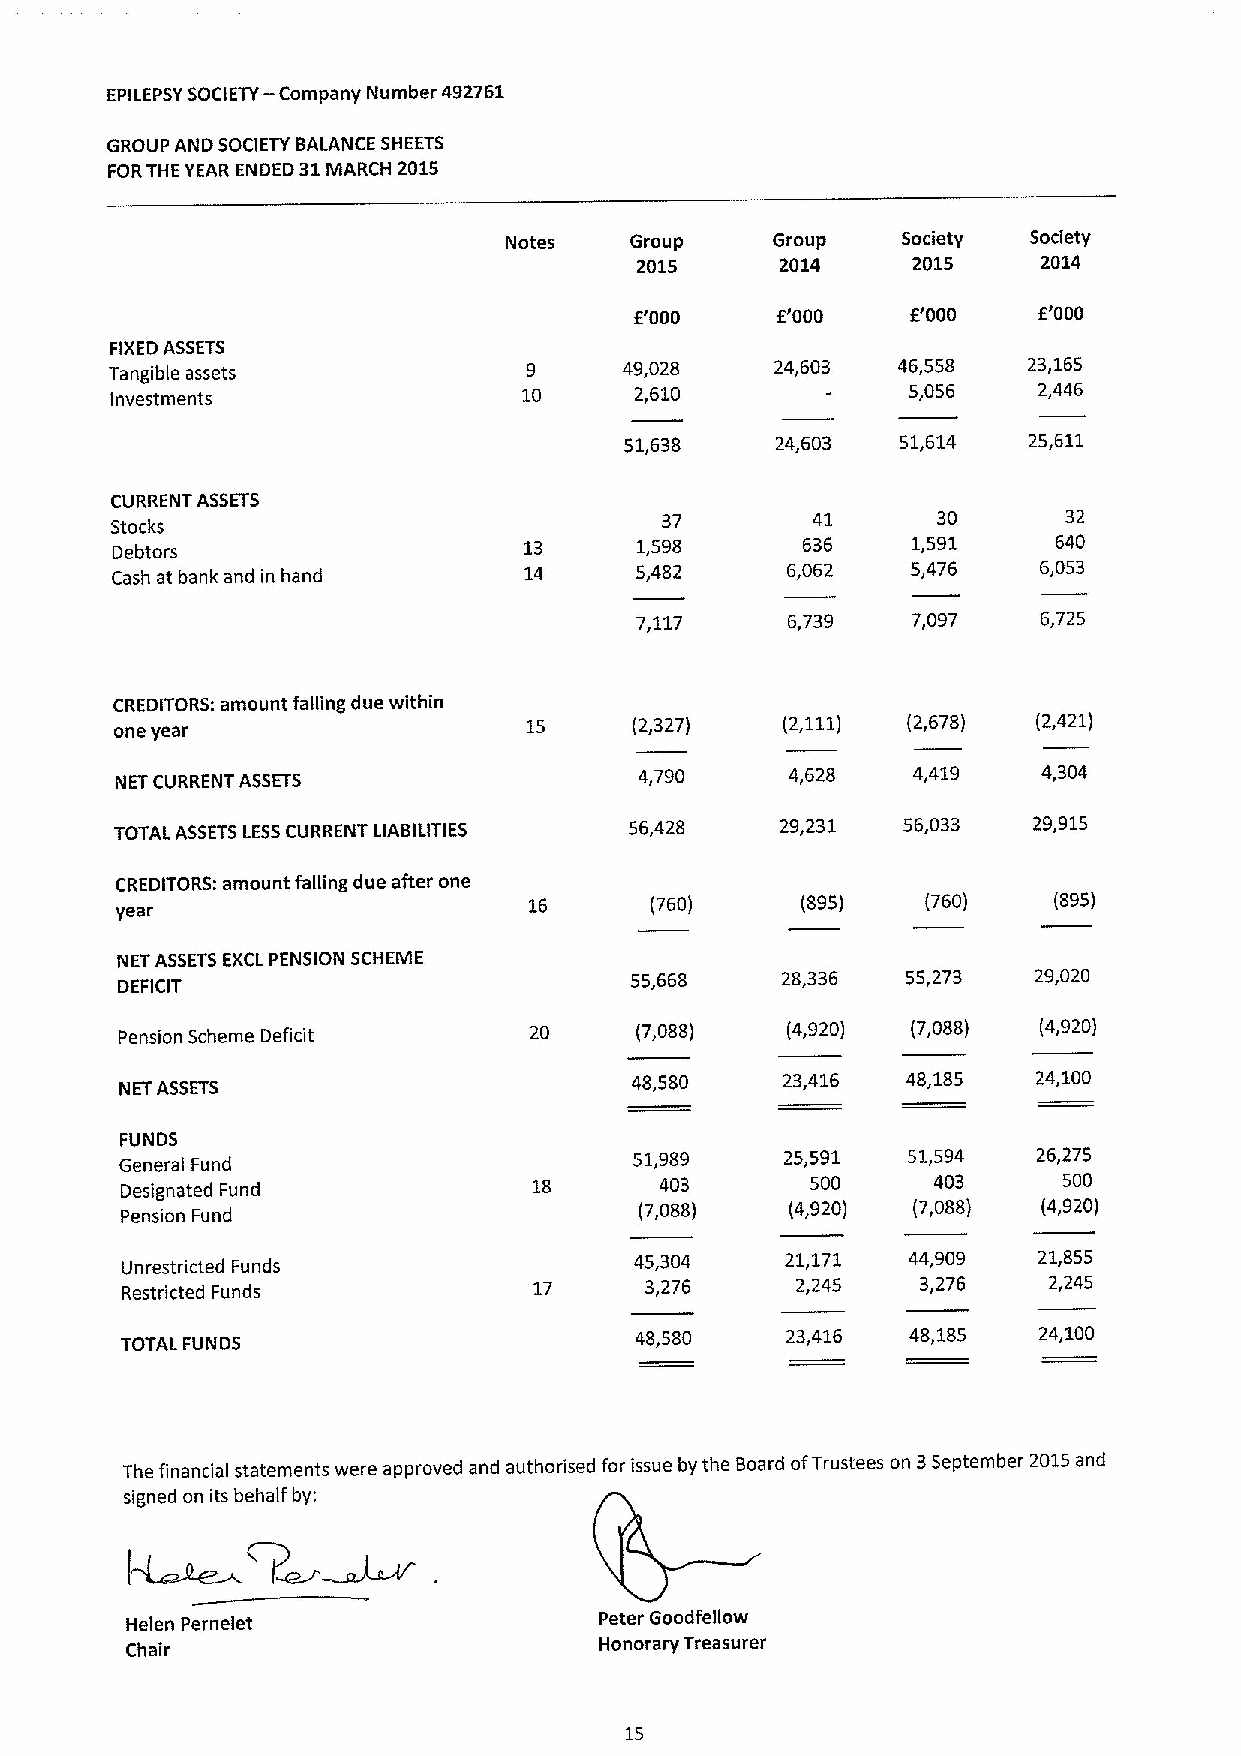
EPILEPSYSOCIETY-Company Number 492761
 GROUP AND SOCIETY BALANCE SHEETS
 FORTHE YEAR ENDED 31MARCH 2015
 Notes    Group    Group    Society Society
 2015      2014    2015     2014
 E'000    E'000    F.'000   E'000
 FIXEDASSETS
 Tangible assets             9     49,028    24,603  46,558   23,165
 Investments                 10     2,610             5,056    2,446
 51,638    24,603   51,614  25,611
 CURRENT ASSETS
 37        41      30       32
 Stocks
 Debtors                     13     1,598      636    1,591     640
 Cash at bank and in hand    14     5,482     6,062   5,476    6,053
 7,117     6,739   7,097    6,725
 CREDITORS: amount falling due within
 one year                   15     (2,327)   (2,111) (2,678)  (2,421)
 NET CURRENT ASSETS
 4,790     4,628   4,419    4,304
 TOTAL ASSETSLESSCURRENT LIABILITIES 56,428  29,231  56,033  29,915
 CREDITORS: amount falling due after one
 year                       16      (760)     (895)   (760)    (895)
 NET ASSETSEXCLPENSION SCHEME
 55,668    28,336  55,273  29,020
 DEFICIT
 Pension Scheme Deficit     20     (7,088)   (4,920) (7,088)  (4,920)
 NET ASSETS
 48,580    23,416  48,185   24,100
 FUNDS
 51,989    25,591  51,594   26,275
 General Fund
 Designated Fund            18       403       500     403     500
 Pension Fund                      (7,088)   (4,920) (7,088)  (4,920)
 Unrestricted Funds
 45,304    21,171  44,909   21,855
 Restricted Funds           17      3,276     2,245   3,276   2,245
 48,580    23,416  48,185   24,100
 TOTAL FUNDS
 The financial statements were approved and authorised for issue by the Board ofTrustees on 3September 2015and
 signed on its behalf by:
 Helen Pernelet                  Peter Goodfellow
 Honorary Treasurer
 Chair
 15